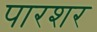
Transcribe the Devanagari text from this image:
पारशर